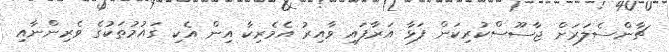
ޗާންސެލަރަށް ޖާސޫސްކުރިކަން ފަޅާ އަރާފައި ވާއިރު އެމެރިކާ އިން އެކި ގައުމުތަކުގެ ވެރިންނާއި